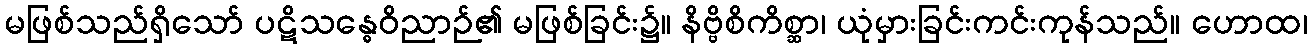
မဖြစ်သည်ရှိသော် ပဋိသန္ဓေဝိညာဉ်၏ မဖြစ်ခြင်း၌။ နိဗ္ဗိစိကိစ္ဆာ၊ ယုံမှားခြင်းကင်းကုန်သည်။ ဟောထ၊